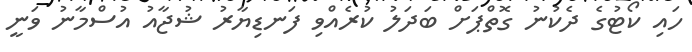
ހައި ކޯޓުގެ ދެކުނު ގޮތްޕަށް ބަދަލު ކުރެއްވި ފަނޑިޔާރު ޝުޖާއު އުސްމާނު ވަނީ